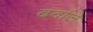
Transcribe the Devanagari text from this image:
दर्वाज़े